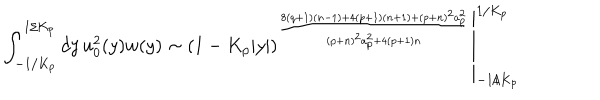
\int _ { - 1 / K _ { p } } ^ { 1 / K _ { p } } d y \, u _ { 0 } ^ { 2 } ( y ) w ( y ) \sim \left. ( 1 - K _ { p } | y | ) ^ { \frac { 8 ( q + 1 ) ( n - 1 ) + 4 ( p + 1 ) ( n + 1 ) + ( p + n ) ^ { 2 } a _ { p } ^ { 2 } } { ( p + n ) ^ { 2 } a _ { p } ^ { 2 } + 4 ( p + 1 ) n } } \right| _ { - 1 / K _ { p } } ^ { 1 / K _ { p } }